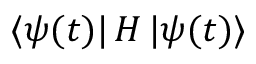
\mathinner { \langle { \psi ( t ) } | } H \mathinner { | { \psi ( t ) } \rangle }